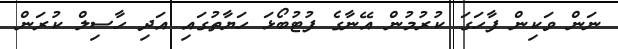
ނަން ވަކިން ފާހަގަ ކުރުމުން އޭނާގެ ފުޓުބޯޅަ ހަޔާތުގައި އަދި ހާސިލް ކުރަން